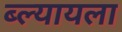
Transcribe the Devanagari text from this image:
ब्ल्यायला